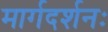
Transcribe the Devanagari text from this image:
मार्गदर्शनः